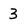
Character: 3